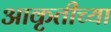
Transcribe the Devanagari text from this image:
आकृतीच्या